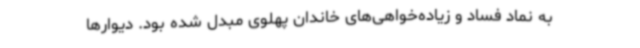
به نماد فساد و زیاده‌خواهی‌های خاندان پهلوی مبدل شده بود. دیوارها